Calcutta medical institutions reports 1892-1900
Year: 1892
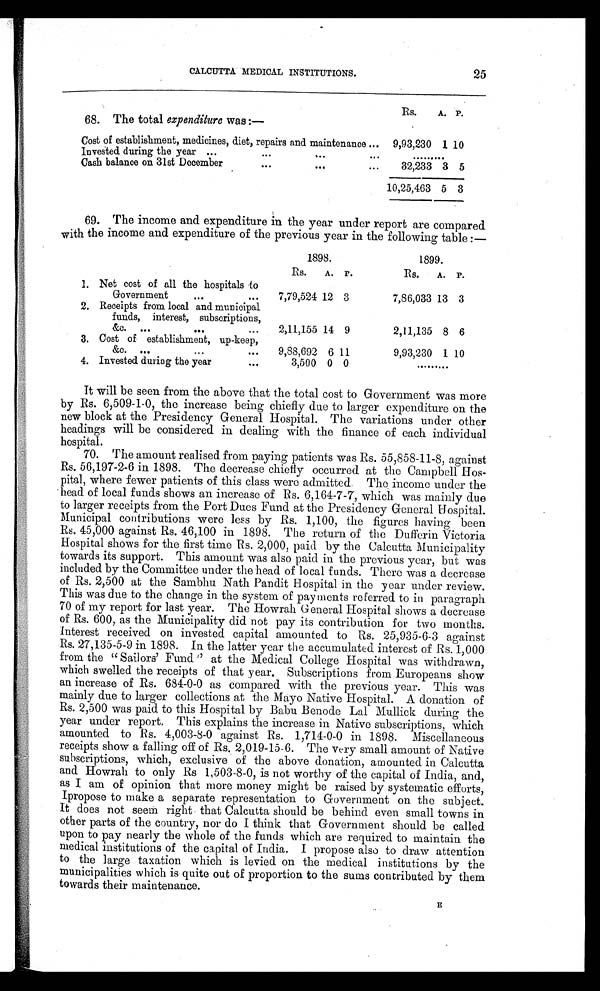
CALCUTTA MEDICAL INSTITUTIONS.
25
68. The total expenditure was:—
RS.
A. P.
Cost of establishment, medicines, diet, repairs and maintenance ...
9,93,230 1 10
Invested during the year ...
...
... ...
. . . . . . . . .
Cash balance on 31st December
...
...
...
32,233 3 5
10,25,463 5 3
69. The income and expenditure in the year under report are compared
with the income and expenditure of the previous year in the following table :—
1898.
1899.
RS.
A. P.
RS.
A. P.
1. Net cost of all the hospitals to
Government
... ...
7,79,524 12 3
7,86,033 13 3
2. Receipts from local and municipal
funds, interest, subscriptions,
&c. ...
...
...
2,11,155 14 9
2,11,135 8 6
3. Cost of establishment, up-keep,
&c. ...
... ...
9,88,692 6 11
9,93,230 1 10
4. Invested during the year
...
3,500 0 0
. . . . . . . . .
It will be seen from the above that the total cost to Government was more
by 6,509-1-0, the increase being chiefly due to larger expenditure on the
new block at the Presidency General Hospital. The variations under other
headings will be considered in dealing with the finance of each individual
hospital.
70. The amount realised from paying patients was Rs. 55,858-11-8, against
Rs. 56,197-2-6 in 1898. The decrease chiefly occurred at the Campbell Hos-
pital, where fewer patients of this class were admitted. The income under the
head of local funds shows an increase of Rs. 6,164-7-7, which was mainly due
to larger receipts from the Port Dues Fund at the Presidency General Hospital.
Municipal contributions were less by Rs. 1,100, the figures having been
Rs. 45,000 against Rs. 46,100 in 1898. The return of the Dufferin Victoria
Hospital shows for the first time Rs. 2,000, paid by the Calcutta Municipality
towards its support. This amount was also paid in the previous year, but was
included by the Committee under the head of local funds. There was a decrease
of Rs. 2,500 at the Sambhu Nath Pandit Hospital in the year under review.
This was due to the change in the system of pay ments referred to in paragraph
70 of my report for last year. The Howrah General Hospital shows a decrease
of Rs. 600, as the Municipality did not pay its contribution for two months.
Interest received on invested capital amounted to Rs. 25,935-6-3 against
Rs. 27,135-5-9 in 1898. In the latter year the accumulated interest of Rs. 1,000
from the " Sailors' Fund " at the Medical College Hospital was withdrawn,
which swelled the receipts of that year. Subscriptions from Europeans show
an increase of Rs. 684-0-0 as compared with the previous year. This was
mainly due to larger collections at the Mayo Native Hospital. A donation of
Rs. 2,500 was paid to this Hospital by Babu Benode Lal Mullick during the
year under report. This explains the increase in Native subscriptions, which
amounted to Rs. 4,003-8-0 against Rs. 1,714-0-0 in 1898. Miscellaneous
receipts show a falling off of Rs. 2,019-15-6. The very small amount of Native
subscriptions, which, exclusive of the above donation, amounted in Calcutta
and Hawah to only Rs 1,503-8-0, is not worthy of the capital of India, and,
as I am of opinion that more money might be raised by systematic efforts,
I propose to make a separate representation to Government on the subject.
It does not seem right that Calcutta should be behind even small towns in
other parts of the country, nor do think that Government should be called
upon to pay nearly the whole of the funds which are required to maintain the
medical institutions of the capital of India. I propose also to draw attention
to the large taxation which is levied on the medical institutions by the
municipalities which is quite out of proportion to the sums contributed by them
towards their maintenance.
E